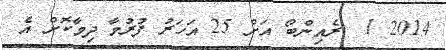
2014 1  ރެއިންބޯ އަށް 25 އަހަރު ފުރުމާ ދިމާކޮށް އެ